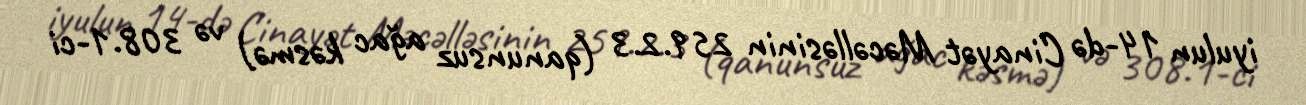
iyulun 14-də Cinayət Məcəlləsinin 259.2.3 (qanunsuz ağac kəsmə) və 308.1-ci